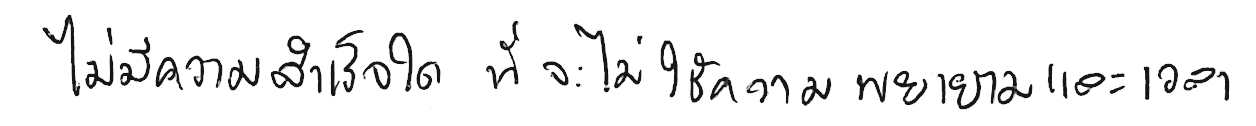
ไม่มีความสำเร็จใด ที่จะไม่ใช้ความพยายามและเวลา